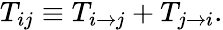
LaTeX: \begin{array}{r}{T_{ij}\equiv T_{i\to j}+T_{j\to i}.}\end{array}